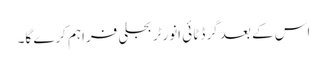
اس کے بعد گرڈ ٹائی انورٹر بجلی فراہم کرے گا۔